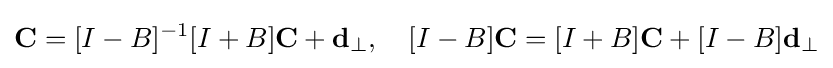
\mathbf {C} =[I-B]^{-1}[I+B]\mathbf {C} +\mathbf {d} _{\perp },\quad [I-B]\mathbf {C} =[I+B]\mathbf {C} +[I-B]\mathbf {d} _{\perp }